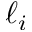
\ell _ { i }